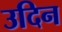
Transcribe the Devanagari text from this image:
उदिन